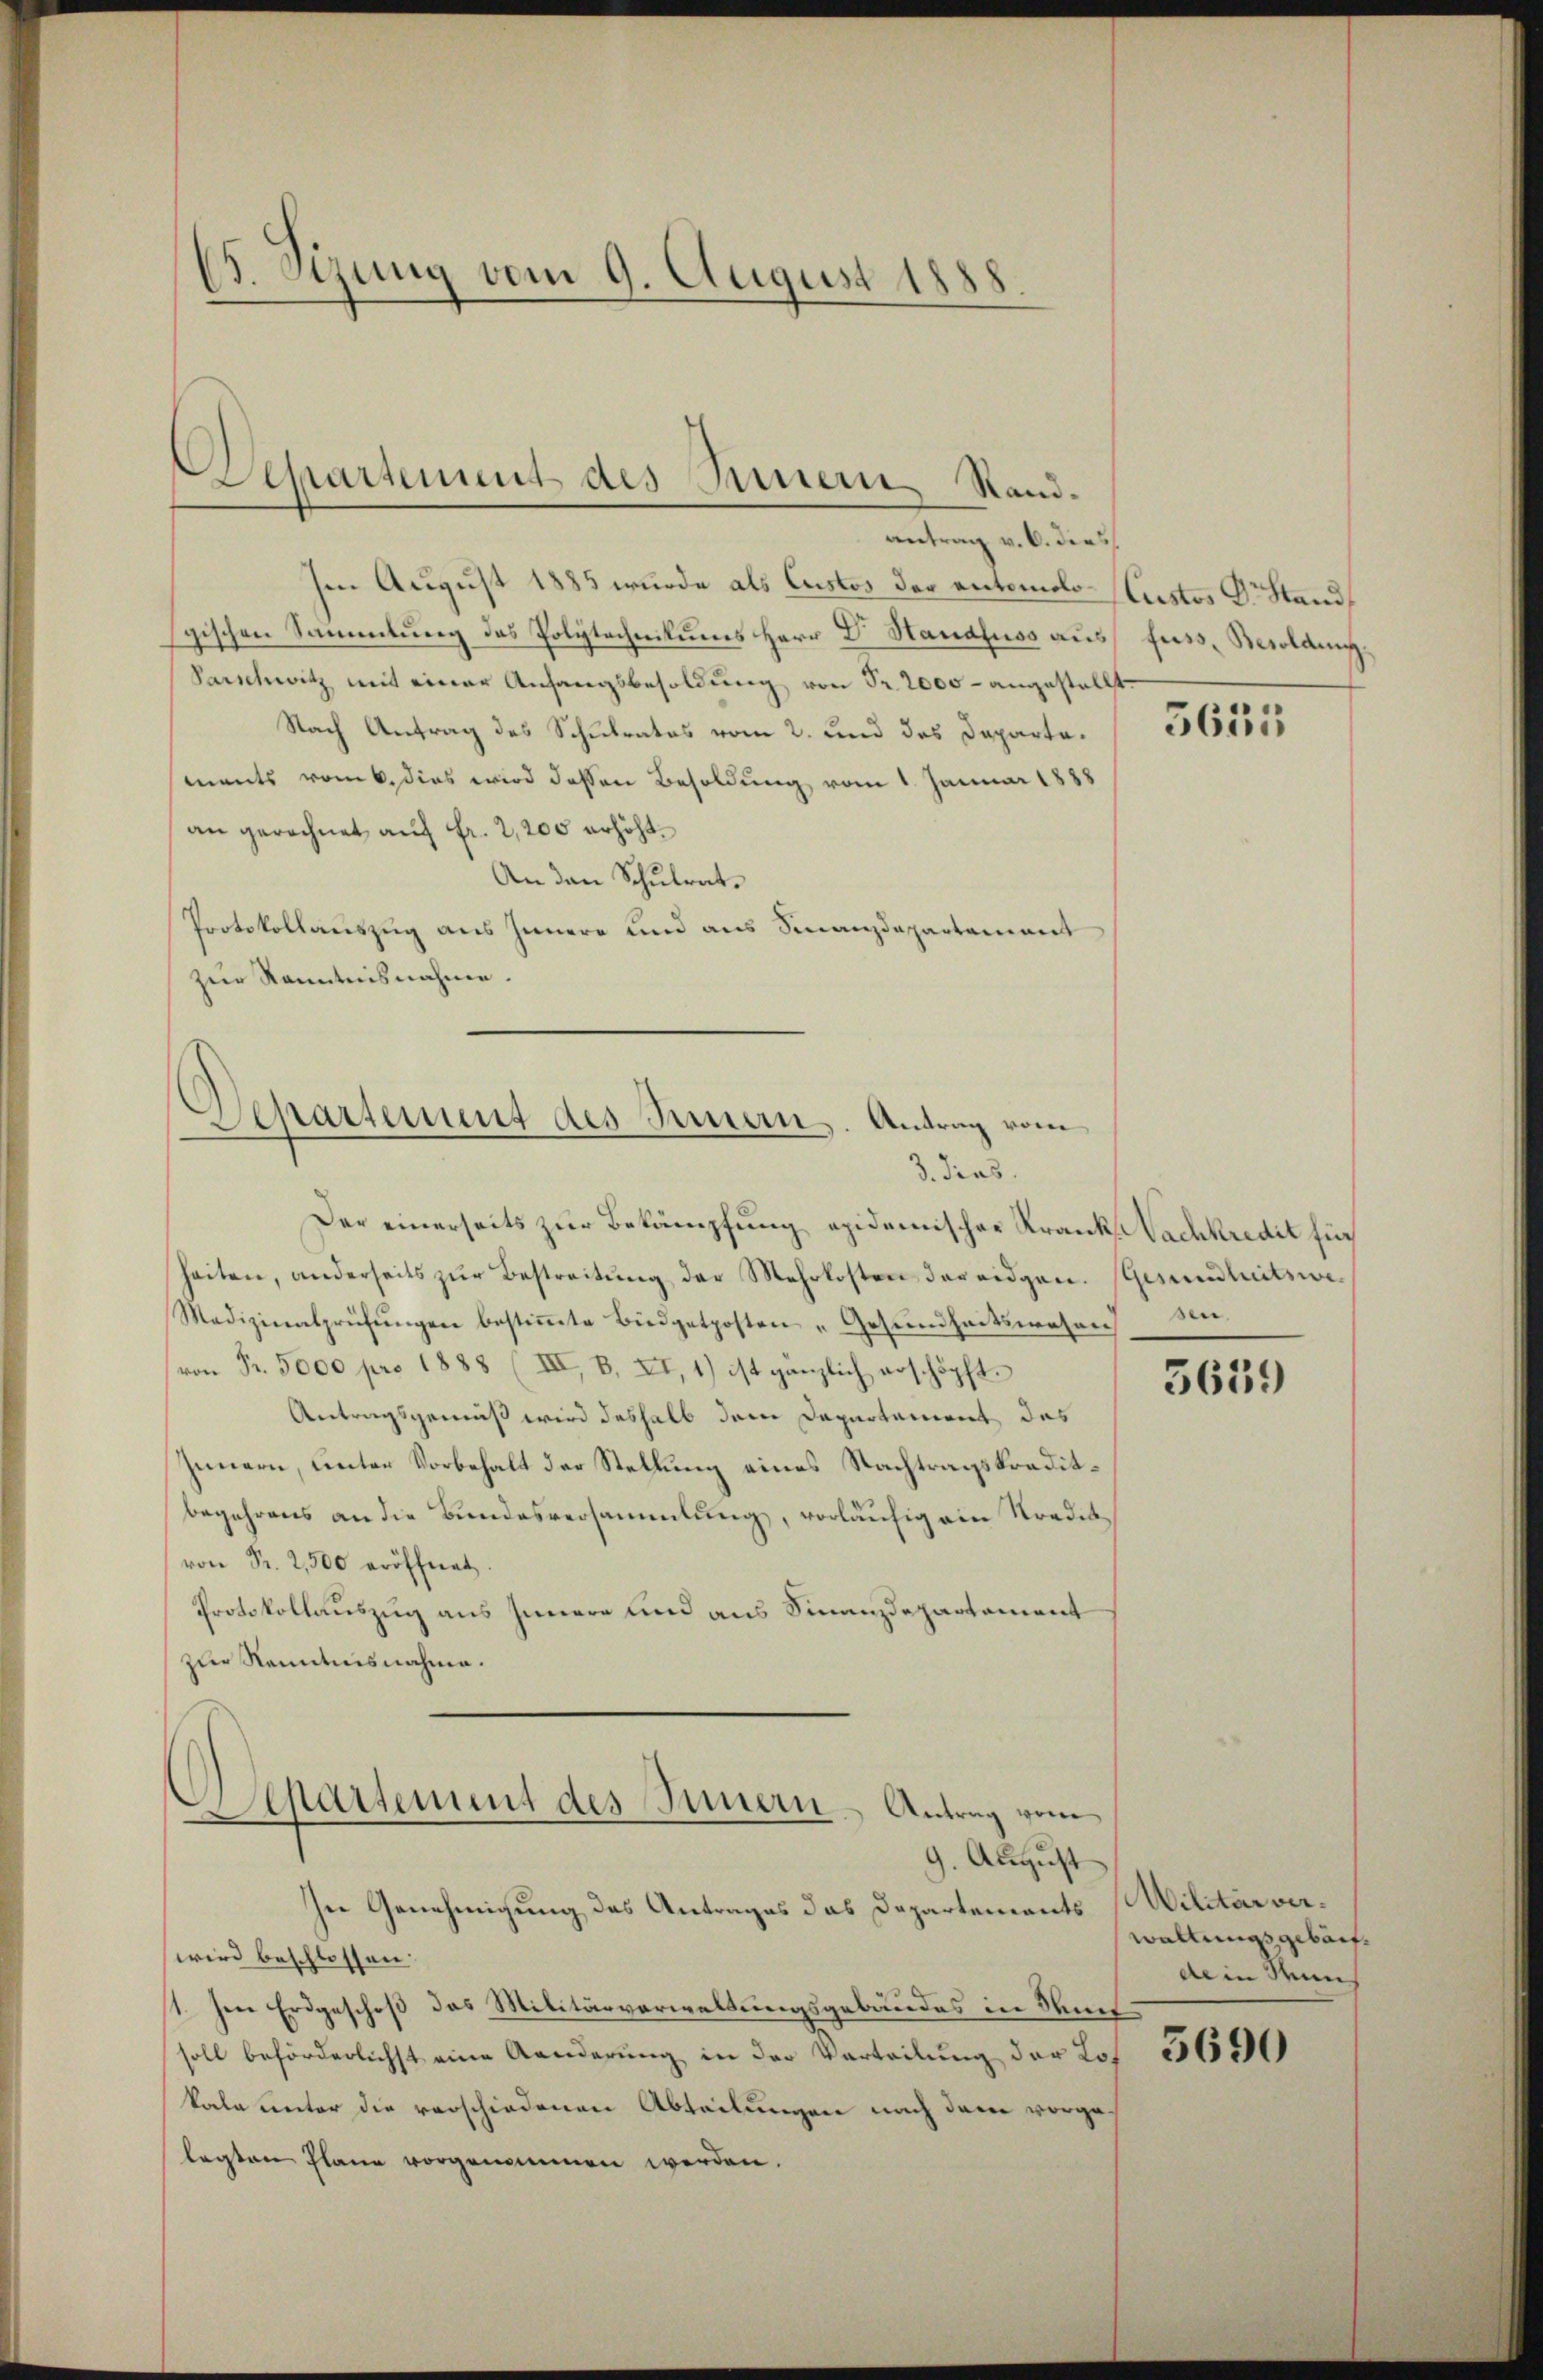
15. Sizung vom 9. August 1888

Departement des Innern Randantrag v. 6. dies

Im August 1885 wurde als Custos der automolo (Custos Dr. Stand
gischen Sammlung des Polytechnikums Herr Dr. Handluso aus
Parschwitz mit einer Anfangsbesoldŭng von Fr. 2000 - angestellt
Nach Antrag des Schulrates vom 2. und das Departaments vom 6. dies wird dessen Besoldung vom 1. Januar 1888
an gerechnet auf Fr. 2,200 erhöht.
An den Schulrat¬
Protokollauszug aus Innere und aus Finanzdepartement
zur Kenntnisnahme.

Departement des Innern. Antrag vom
3. dies

Der einerseits zur Bekämpfung epidemischer Krank, Nachkredit für
heiten, anderseits zŭr Bestreitŭng der Mehrkosten der eidgen. Gesundheitswe¬
Medizinalprüfŭngen bestiṁte Biedgetposten "Gesŭndheitswesen den
(von Fr. 5000 pro 1888 (III, B, XI, 1) ist gänzlich erschöpft.
Antragsgemäß wird deshalb dem Departement des
Innern, unter Vorbehalt der Stellung eines Nachtragskreditbegehrens an die Bundesversammlung, vorläufig ain Tradikvon Fr. 2,500 eröffnet.
Protokollauszug aus Innern und aus Finanzdepartement
zur Kenntnisnahme.

Departement des Innern - Antrag vom
9. August

In Genehmigung des Antrages das Departements Militärverwird beschlossen:
1. Im Erdgeschoß das Militärverwaltungsgebäudes in Stuf
soll beförderlichst eine Aenderung in der Verteilung der Lokala unter die verschiedenen Abteilungen nach dem vorgelegten Plane vorgenommen werden.

fuss, Besoldung.

5635

3639

waltungsgebäufdein Sein

5690